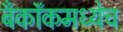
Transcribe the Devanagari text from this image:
बँकॉकमध्येच